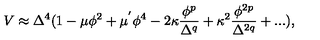
V \approx \Delta ^ { 4 } ( 1 - \mu \phi ^ { 2 } + \mu ^ { ' } \phi ^ { 4 } - 2 \kappa \frac { \phi ^ { p } } { \Delta ^ { q } } + \kappa ^ { 2 } \frac { \phi ^ { 2 p } } { \Delta ^ { 2 q } } + . . . ) ,